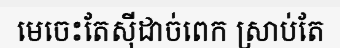
មេចេះតែស៊ីដាច់ពេក ស្រាប់តែ